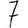
Digit: 7